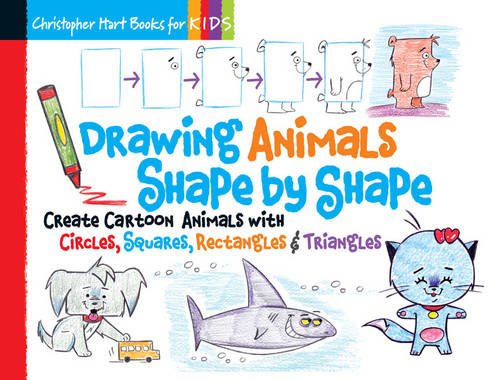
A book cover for Drawing Animals Shape by Shape: Create Cartoon Animals with Circles, Squares, Rectangles & Triangles; Christopher Hart; Comics & Graphic Novels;